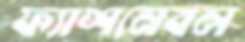
ফ্যাশনেবল